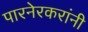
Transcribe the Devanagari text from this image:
पारनेरकरांनी